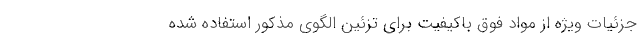
جزئیات ویژه از مواد فوق باکیفیت برای تزئین الگوی مذکور استفاده شده